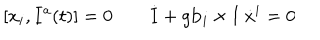
[ x _ { i } , I ^ { a } ( t ) ] = 0 \qquad \dot { \bf I } + g { \bf b } _ { i } \times { \bf I } \ \dot { x } ^ { i } = 0